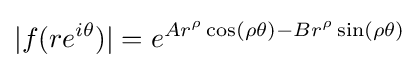
|f(re^{i\theta })|=e^{Ar^{\rho }\cos(\rho \theta )-Br^{\rho }\sin(\rho \theta )}